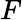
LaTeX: {\mathbf{}}F